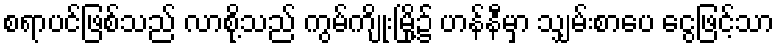
စရာပင်ဖြစ်သည် လာစို့သည် ကွမ်ကျိုးမြို့၌ ဟန်နီမှာ သျှမ်းစာပေ ငွေဖြင့်သာ